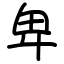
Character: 卑